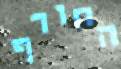
החורף